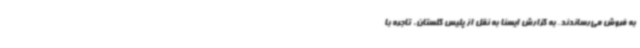
به فروش می‌رساندند. به گزارش ایسنا به نقل از پلیس گلستان، تاجره با